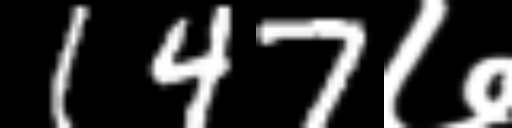
Text: 147७